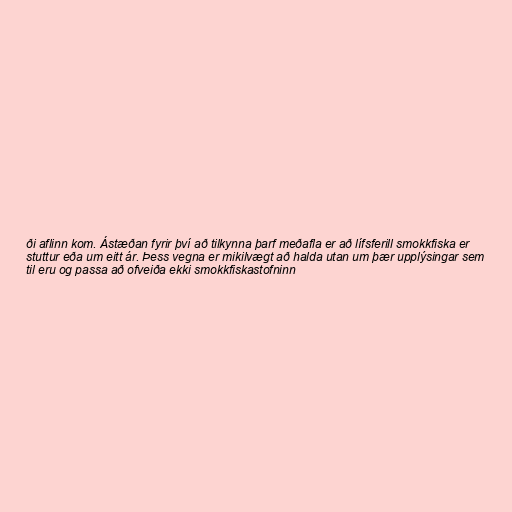
ði aflinn kom. Ástæðan fyrir því að tilkynna þarf meðafla er að lífsferill smokkfiska er
stuttur eða um eitt ár. Þess vegna er mikilvægt að halda utan um þær upplýsingar sem
til eru og passa að ofveiða ekki smokkfiskastofninn